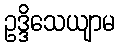
ဥဒ္ဒိသေယျာမ